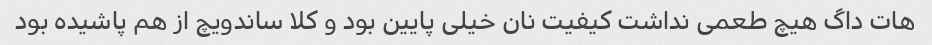
هات داگ هیچ طعمی نداشت کیفیت نان خیلی پایین بود و کلا ساندویچ از هم پاشیده بود